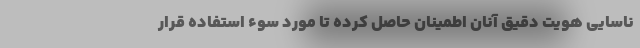
ناسایی هویت دقیق آنان اطمینان حاصل کرده تا مورد سوء استفاده قرار